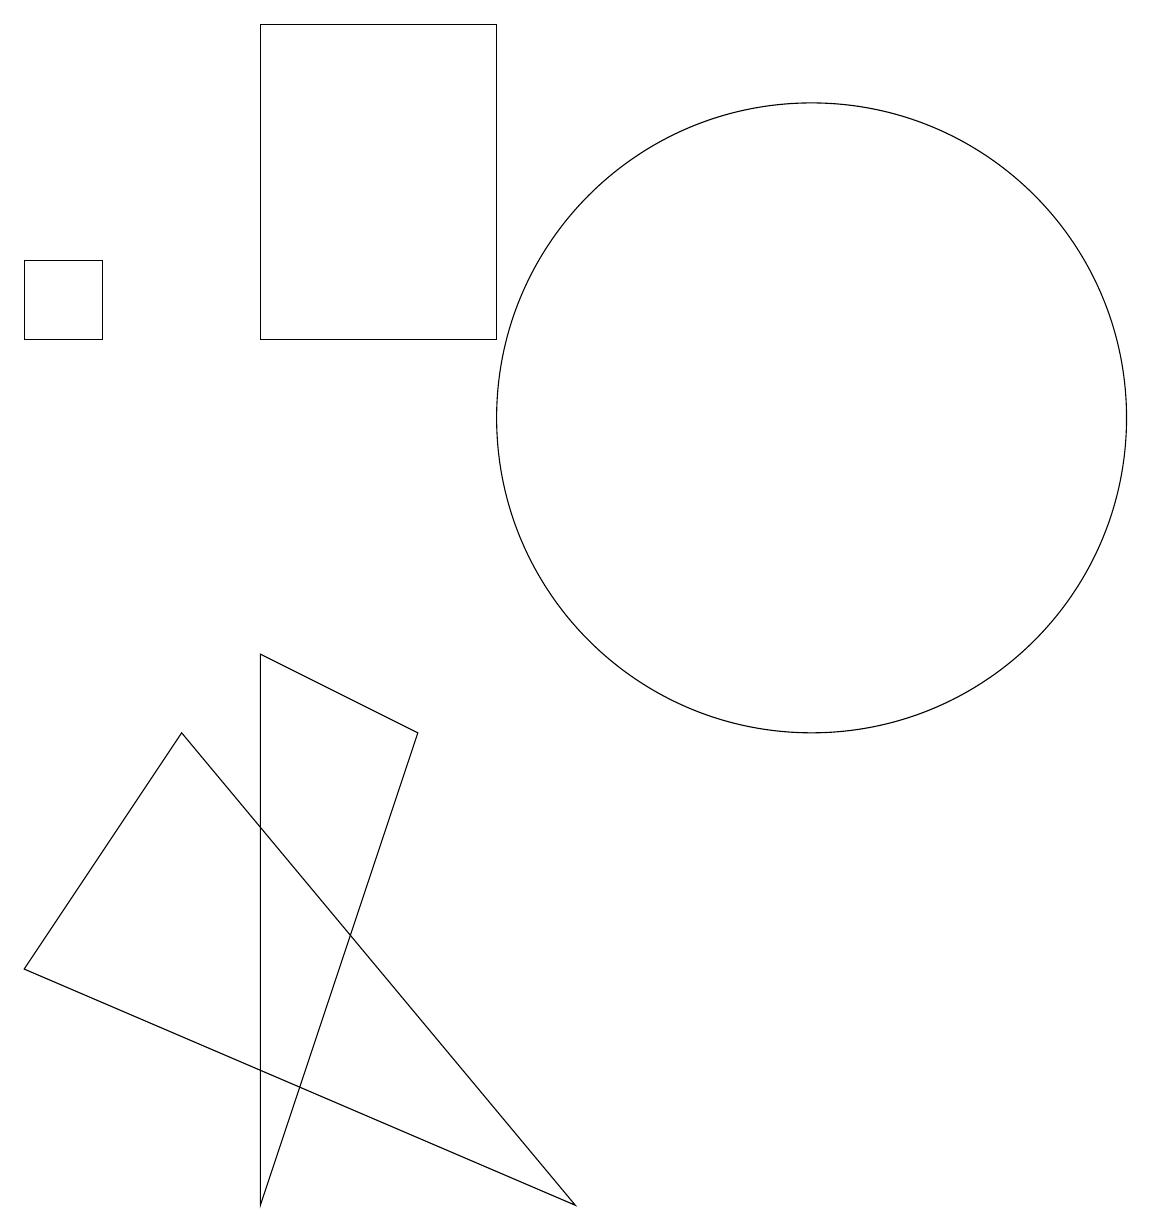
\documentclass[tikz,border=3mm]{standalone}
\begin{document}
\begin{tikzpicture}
\draw (3,8) -- (3,1) -- (5,7) -- cycle;
\draw (1,13) rectangle (0,12);
\draw (11,11) circle (0);
\draw (10,11) circle (4);
\draw (2,7) -- (7,1) -- (0,4) -- cycle;
\draw (3,16) rectangle (6,12);
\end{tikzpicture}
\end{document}